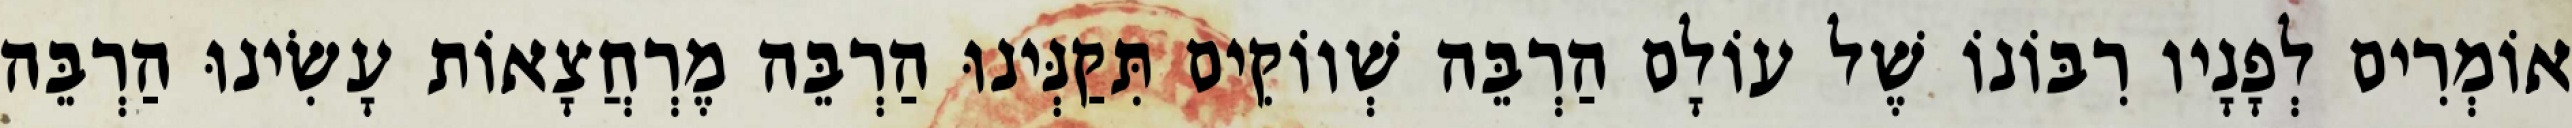
אוֹמְרִים לְפָנָיו רִבּוֹנוֹ שֶׁל עוֹלָם הַרְבֵּה שְׁווֹקִים תִּקַנְּינוּ הַרְבֵּה מֶרְחֲצָאוֹת עָשִׂינוּ הַרְבֵּה